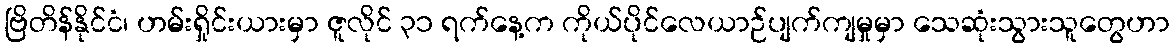
ဗြိတိန်နိုင်ငံ၊ ဟမ်းရှိုင်းယားမှာ ဇူလိုင် ၃၁ ရက်နေ့က ကိုယ်ပိုင်လေယာဉ်ပျက်ကျမှုမှာ သေဆုံးသွားသူတွေဟာ